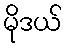
မိုဒယ်